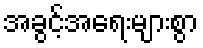
အခွင့်အရေးများစွာ